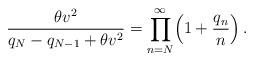
LaTeX: \begin{align*}\displaystyle{\frac{\theta v^{2}}{q_{N}-q_{N-1}+\theta v^{2}}=\prod_{n=N}^{\infty}\Bigl(1+\frac{q_{n}}{n}\Bigr)}\,.\end{align*}